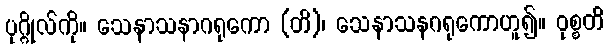
ပုဂ္ဂိုလ်ကို။ သေနာသနာဂရုကော (တိ)၊ သေနာသနဂရုကောဟူ၍။ ဝုစ္စတိ